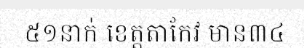
៥១នាក់ ខេត្តតាកែវ មាន៣៤